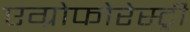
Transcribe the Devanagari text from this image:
एग्रोफोरेस्ट्री